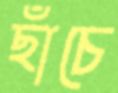
ছাঁচে